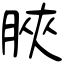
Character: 脥